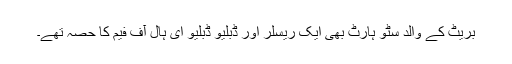
بریٹ کے والد سٹو ہارٹ بھی ایک ریسلر اور ڈبلیو ڈبلیو ای ہال آف فیم کا حصہ تھے۔